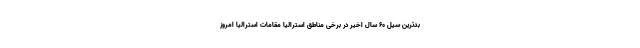
بدترین سیل ۶۰ سال اخیر در برخی مناطق استرالیا مقامات استرالیا امروز